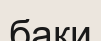
баки